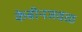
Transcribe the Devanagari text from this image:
केबीनजवळ